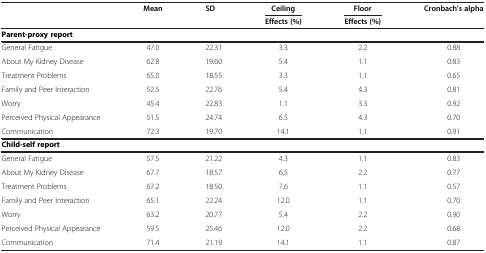
<table><thead><tr><td><b> </b></td><td><b>Mean</b></td><td><b>SD</b></td><td><b>Ceiling</b></td><td><b>Floor</b></td><td><b>Cronbach&#x27;s alpha</b></td></tr><tr><td><b> </b></td><td><b> </b></td><td><b> </b></td><td><b>Effects (%)</b></td><td><b>Effects (%)</b></td><td><b> </b></td></tr></thead><tbody><tr><td><b>Parent-proxy report</b></td><td> </td><td> </td><td> </td><td> </td><td> </td></tr><tr><td>General Fatigue</td><td>47.0</td><td>22.31</td><td>3.3</td><td>2.2</td><td>0.88</td></tr><tr><td>About My Kidney Disease</td><td>62.8</td><td>19.60</td><td>5.4</td><td>1.1</td><td>0.83</td></tr><tr><td>Treatment Problems</td><td>65.0</td><td>18.55</td><td>3.3</td><td>1.1</td><td>0.65</td></tr><tr><td>Family and Peer Interaction</td><td>52.5</td><td>22.76</td><td>5.4</td><td>4.3</td><td>0.81</td></tr><tr><td>Worry</td><td>45.4</td><td>22.83</td><td>1.1</td><td>3.3</td><td>0.92</td></tr><tr><td>Perceived Physical Appearance</td><td>51.5</td><td>24.74</td><td>6.5</td><td>4.3</td><td>0.70</td></tr><tr><td>Communication</td><td>72.3</td><td>19.70</td><td>14.1</td><td>1.1</td><td>0.91</td></tr><tr><td><b>Child-self report</b></td><td> </td><td> </td><td> </td><td> </td><td> </td></tr><tr><td>General Fatigue</td><td>57.5</td><td>21.22</td><td>4.3</td><td>1.1</td><td>0.83</td></tr><tr><td>About My Kidney Disease</td><td>67.7</td><td>18.57</td><td>6,5</td><td>2.2</td><td>0.77</td></tr><tr><td>Treatment Problems</td><td>67.2</td><td>18.50</td><td>7,6</td><td>1.1</td><td>0.57</td></tr><tr><td>Family and Peer Interaction</td><td>65.1</td><td>22.24</td><td>12.0</td><td>1.1</td><td>0.70</td></tr><tr><td>Worry</td><td>63.2</td><td>20.77</td><td>5.4</td><td>2.2</td><td>0.90</td></tr><tr><td>Perceived Physical Appearance</td><td>59.5</td><td>25.46</td><td>12.0</td><td>2.2</td><td>0.68</td></tr><tr><td>Communication</td><td>71.4</td><td>21.19</td><td>14.1</td><td>1.1</td><td>0.87</td></tr></tbody></table>